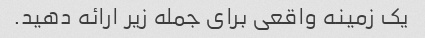
یک زمینه واقعی برای جمله زیر ارائه دهید.